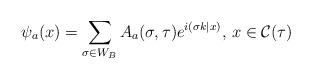
LaTeX: \begin{align*}\psi_a (x)=\sum_{\sigma\in W_B}A_a(\sigma,\tau)e^{i(\sigma k|x)},\, x \in {\cal C}(\tau)\end{align*}